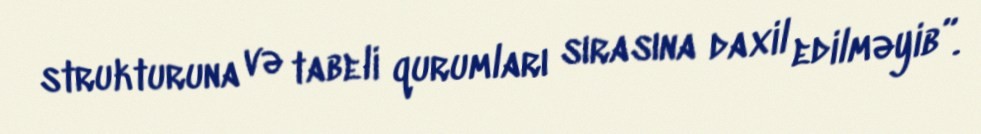
strukturuna və tabeli qurumları sırasına daxil edilməyib”.